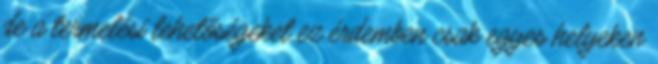
de a termelési lehetőségeket ez érdemben csak egyes helyeken